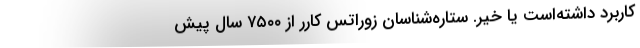
کاربرد داشته‌است یا خیر. ستاره‌شناسان زوراتس کارر از ۷۵۰۰ سال پیش